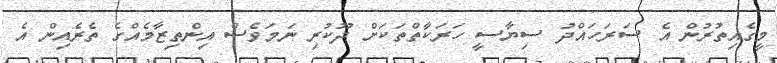
މީގެއިތުރުން އެ ސަރަހައްދު ސިޔާސީ ހަރަކާތްތަކަށް ދޫކުރި ނަމަވެސް އިންތިޒާމެއްގެ ތެރެއިން އެ